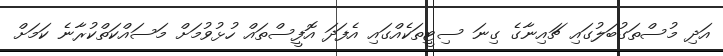
އަދި މުސްތަގުބަލުގައި ޗައިނާގެ ގިނަ ސިޓީތަކެއްގައި އެފަދަ އޮފީސްތައް ހުޅުވުމަށް މަސައްކަތްކުރާނެ ކަމަށް